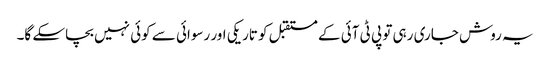
یہ روش جاری رہی تو پی ٹی آئی کے مستقبل کو تاریکی اور رسوائی سے کوئی نہیں بچاسکے گا۔